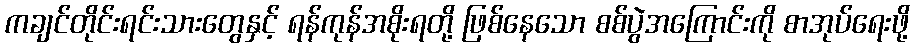
ကချင်တိုင်းရင်းသားတွေနှင့် ရန်ကုန်အစိုးရတို့ ဖြစ်နေသော စစ်ပွဲအကြောင်းကို စာအုပ်ရေးဖို့